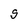
Character: g